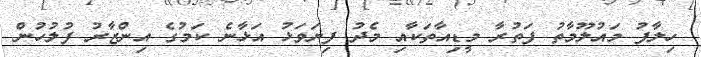
ހިލާފު މައުލޫމާތު ފަތުރާ މީޑިއާތަކާއި މެދު ފިޔަވަޅު އަޅާނެ ކަމުގެ އިންޒާރު ފުލުހުން